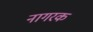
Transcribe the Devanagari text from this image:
नागरक